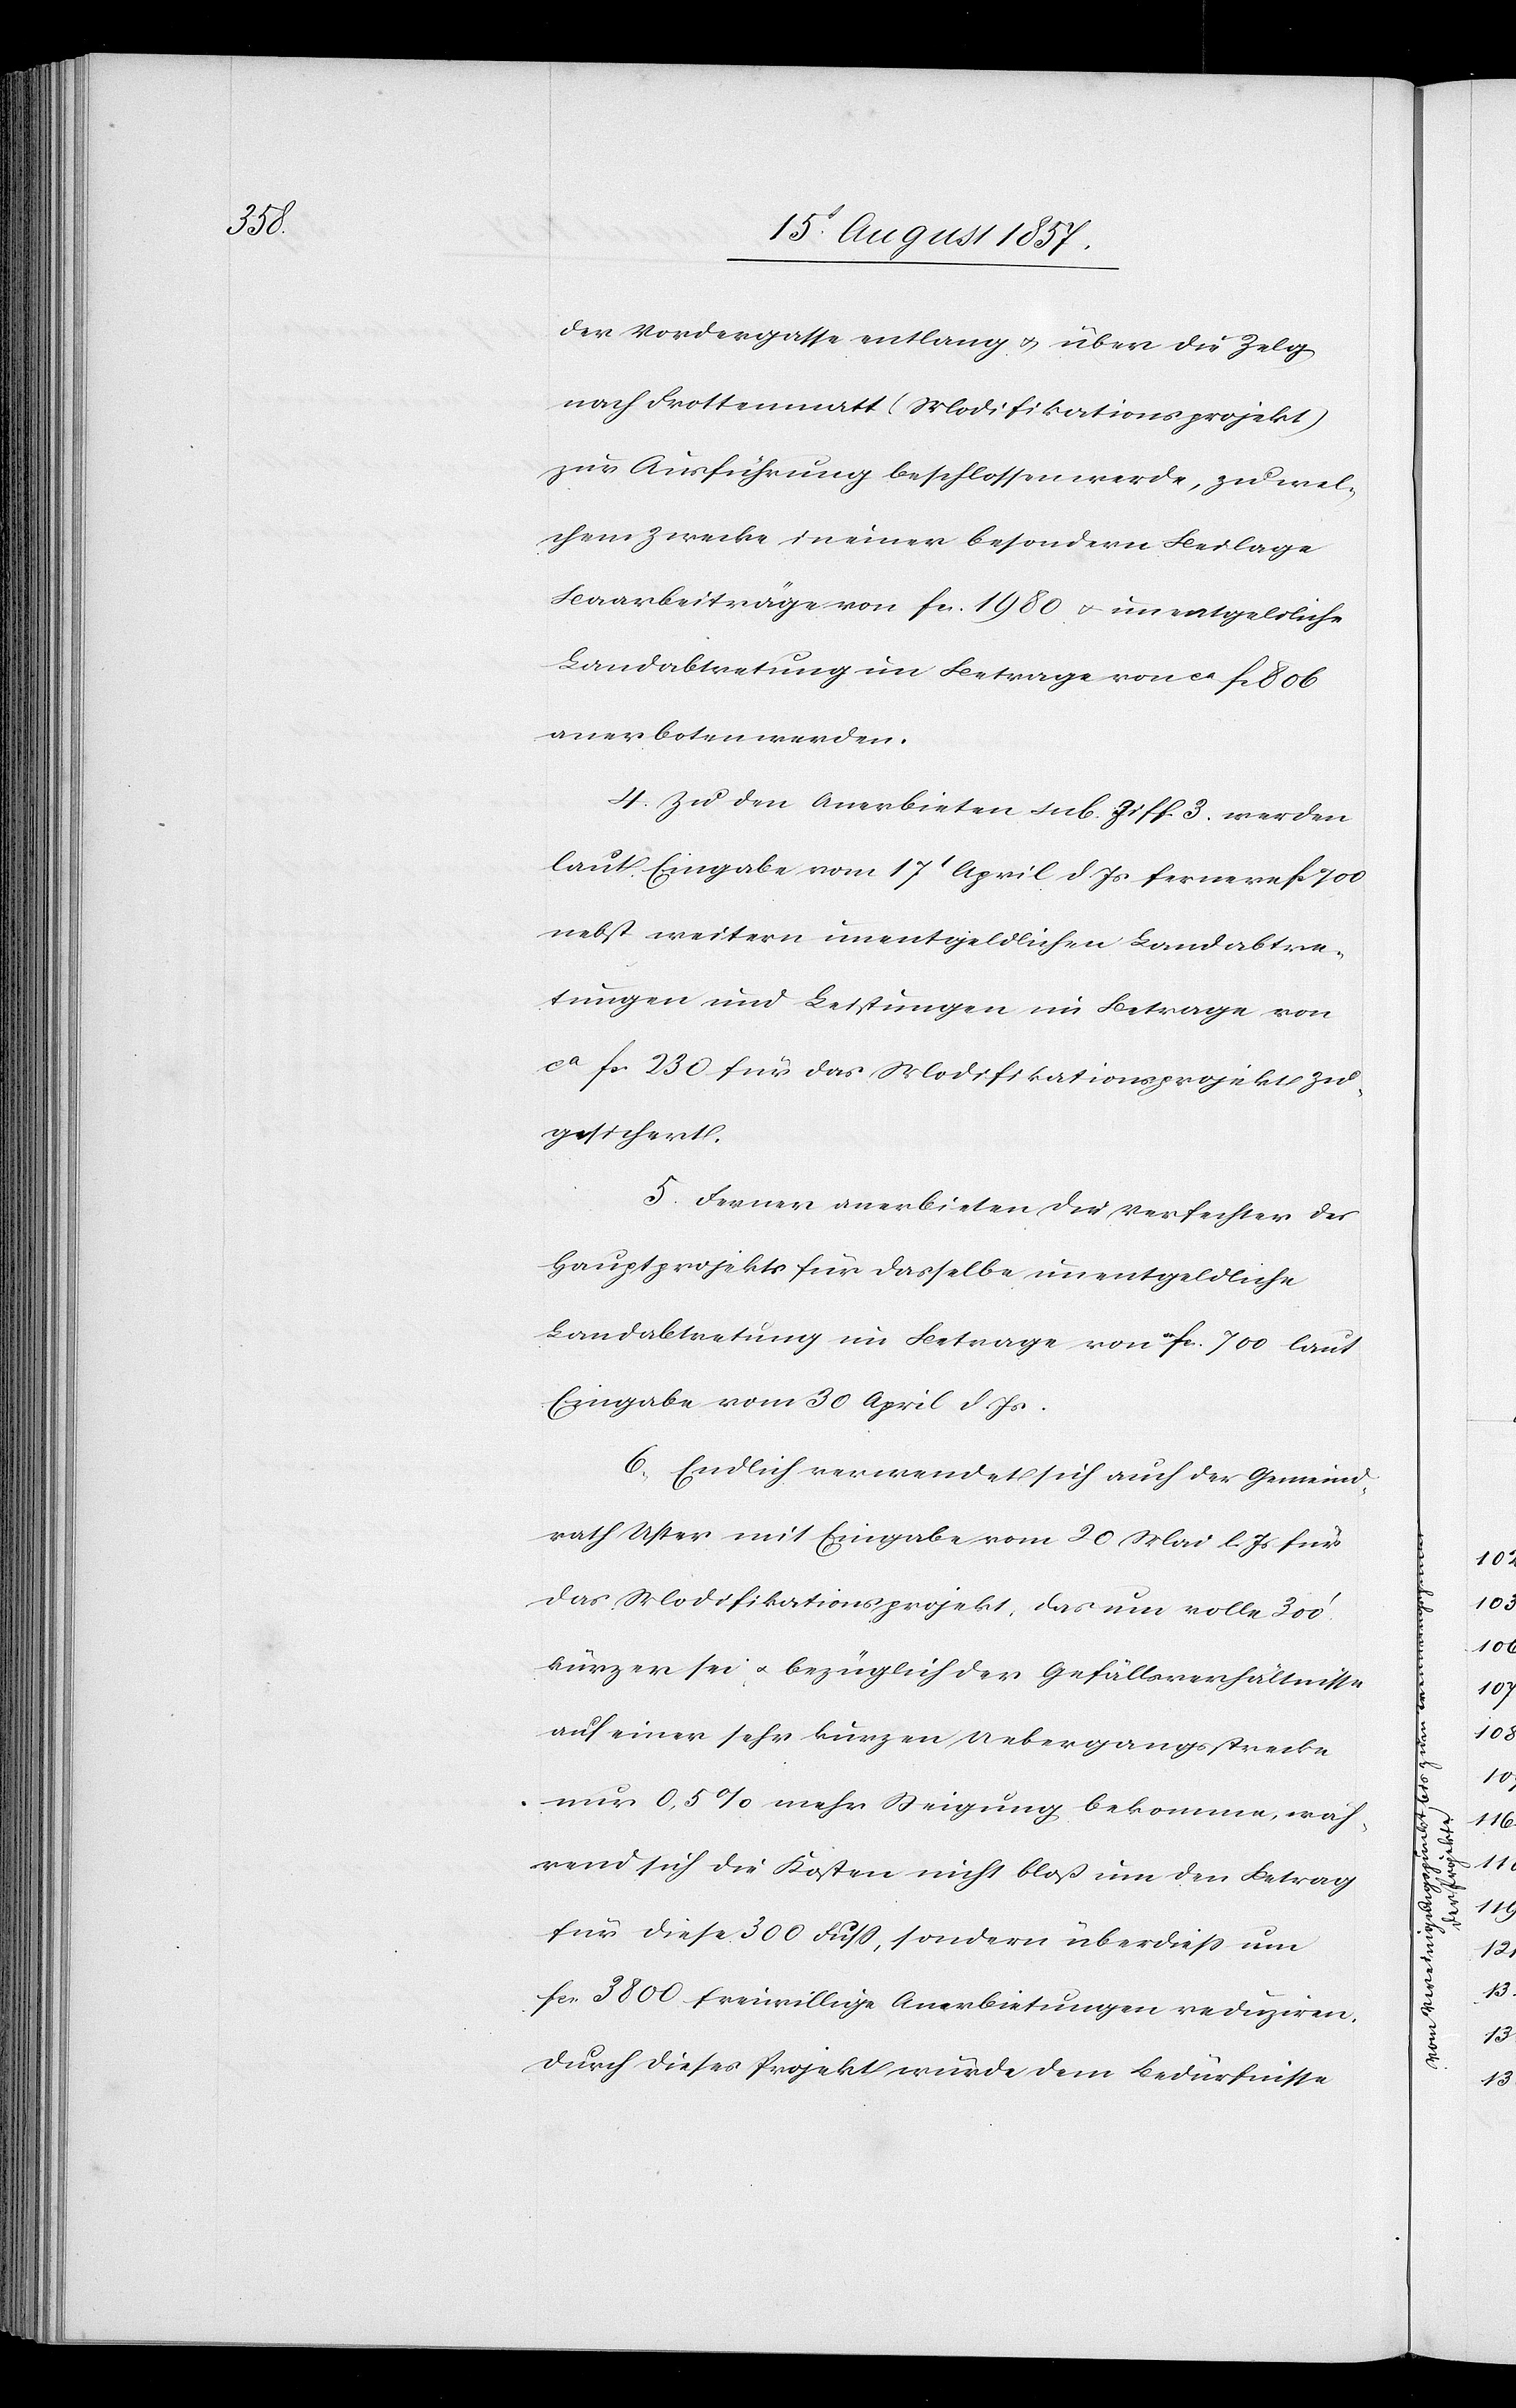
der Vordergasse entlang & über die Zelg
nach Frottenmatt (Modifikationsprojekt)
zur Ausführung beschlossen werde, zu wel¬
chem Zwecke in einer besondern Beilage
Baarbeiträge von fcs 1980 & unentgeldliche
Landvertretung im Betrage von ca fcs 806
anerboten werden.
4. Zu den Anerbieten sub. Ziff. 3 werden
laut Eingabe vom 17t April d. Js. ferner fcs 700
nebst weitern unentgeldlichen Landabtre¬
tungen und Leistungen im Betrage von
ca fcs 230 für das Modifikationsprojekt zu
gesichert.
5. Ferner anerbieten die Verfechter des
Hauptprojektes für dasselbe unentgeldliche
Landabtretung im Betrage von fcs 700 laut
Eingabe vom 30 April d. Js.
6. Endlich verwendet sich auch der Gemeind¬
rath Uster mit Eingabe vom 20 Mai l. Js. für
das Modifikationsprojekt, das nun volle 300’
kürzer sei & bezüglich der Gefällsverhältnisse
auf einer sehr kurzen Uebergangsstrecke
nur 0,5% mehr Steigung bekomme, wäh¬
rend sich die Kosten nicht bloß um den Betrag
für diese 300 Fuß, sondern überdieß um
fcs 3800 freiwillige Anerbietungen reduziren.
Durch dieses Projekt wurde dem Bedürfnisse